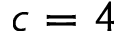
c = 4